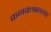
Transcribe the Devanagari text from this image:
कनकश्रन्गा